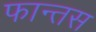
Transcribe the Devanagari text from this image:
फान्तस